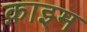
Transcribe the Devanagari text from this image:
क़ाइम